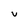
Character: v